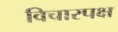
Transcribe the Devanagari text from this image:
विचारपक्ष